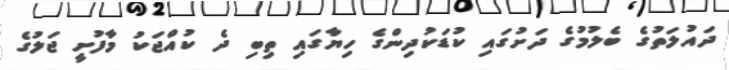
ދައުލަތުގެ ބެލުމުގެ ދަށުގައި ކުޑަކުދިންގެ ހިޔާގައި ތިބި ދެ ކުއްޖަކު މާފުށީ ޖަލުގެ